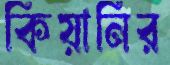
কিয়ানির